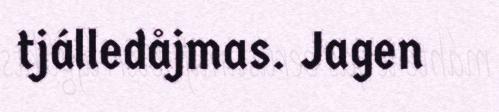
tjálledåjmas. Jagen